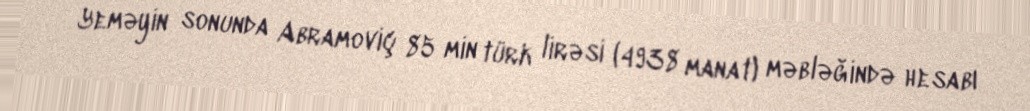
Yeməyin sonunda Abramoviç 85 min türk lirəsi (4938 manat) məbləğində hesabı